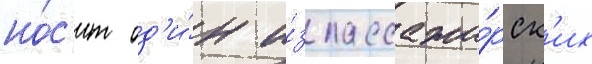
но́с'ит од'и́н и́з пассажи́рск'их